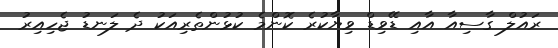
ރައުލް ގާސިއާ އާއި ޑޭވިޑް ވިޔާކުރެ ކޮންމެ ކުޅުންތެރިއަކު ދެ ލަނޑު ޖެހިއިރު